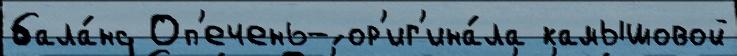
бала́нс Оп'ечень-́ ор'иг'ина́ла камышовой